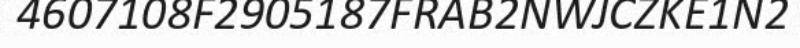
4607108F2905187FRAB2NWJCZKE1N2